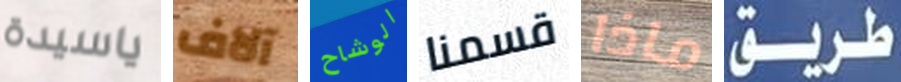
ياسيدة آلاف الوشاح قسمنا ماذا طريق